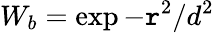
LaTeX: W_{b}=\exp{-\mathtt{r}^{2}/d^{2}}